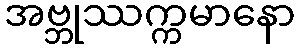
အဗ္ဘုဿက္ကမာနော